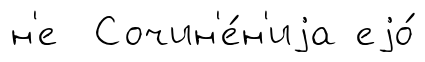
н'е Сочин'е́н'иjа еjо́